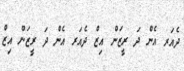
ދެެއަރ އެން ދަ ރީޒަން އިޒް ދެއަރ އެން ދަ ރީޒަން އިޒް